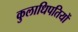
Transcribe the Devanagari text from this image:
कुलाधिपतियों